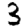
Digit: 3